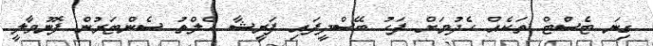
ގިނަ ޓެސްޓް ތަކެއް ހެދުމަށް ފަހު ބޭސްދީފައި ފަރީޝާ ހެލްތު ސެންޓަރުން ފޮނުވާލީ